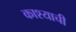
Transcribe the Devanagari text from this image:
काश्याची